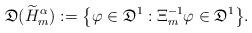
LaTeX: \begin{align*}\mathfrak D(\widetilde H^\alpha_m):= \big\{\varphi\in \mathfrak D^1: \Xi_m^{-1}\varphi\in \mathfrak D^1\big\}.\end{align*}